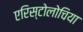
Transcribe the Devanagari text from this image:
एरिस्टोलोचिया